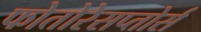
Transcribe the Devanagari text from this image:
फोतोरेसप्तोर्स